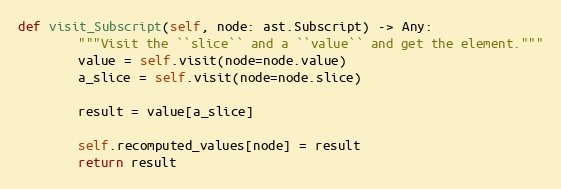
Language: Python
def visit_Subscript(self, node: ast.Subscript) -> Any:
        """Visit the ``slice`` and a ``value`` and get the element."""
        value = self.visit(node=node.value)
        a_slice = self.visit(node=node.slice)

        result = value[a_slice]

        self.recomputed_values[node] = result
        return result